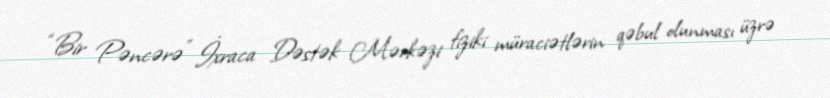
“Bir Pəncərə” İxraca Dəstək Mərkəzi fiziki müraciətlərin qəbul olunması üzrə